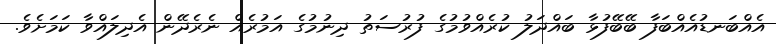
އެއްބަނޑުއެއްބަފާ ބޭބޭފުޅާ ބައްދަލު ކުރެއްވުމުގެ ފުރުސަތު ދިނުމުގެ އަމުރެއް ނެރެދޭން އެދިލައްވާ ކަމަށެވެ.